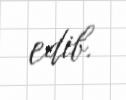
edib.